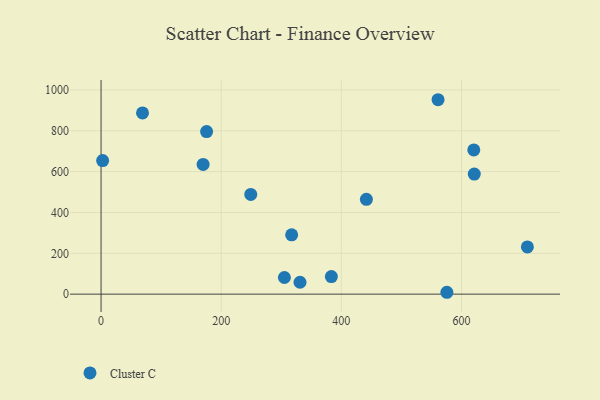
{"axis": {"x": "Experience", "y": "Salary"}, "legend": ["Cluster C"], "data": [{"x": "169.9", "y": 635.3, "type": "Cluster C"}, {"x": "249.2", "y": 488.2, "type": "Cluster C"}, {"x": "709.7", "y": 231.4, "type": "Cluster C"}, {"x": "2.6", "y": 654.1, "type": "Cluster C"}, {"x": "620.5", "y": 706.5, "type": "Cluster C"}, {"x": "575.7", "y": 9.2, "type": "Cluster C"}, {"x": "621.3", "y": 588.0, "type": "Cluster C"}, {"x": "69.0", "y": 887.4, "type": "Cluster C"}, {"x": "305.2", "y": 81.5, "type": "Cluster C"}, {"x": "331.2", "y": 58.3, "type": "Cluster C"}, {"x": "175.7", "y": 796.0, "type": "Cluster C"}, {"x": "561.0", "y": 952.1, "type": "Cluster C"}, {"x": "317.3", "y": 290.6, "type": "Cluster C"}, {"x": "441.7", "y": 464.3, "type": "Cluster C"}, {"x": "383.4", "y": 86.1, "type": "Cluster C"}]}